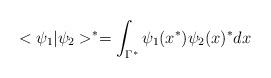
LaTeX: \begin{align*}<\psi_1|\psi_2>^*=\int_{\Gamma^*}\psi_1(x^*)\psi_2(x)^* dx\end{align*}